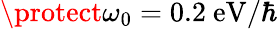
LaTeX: \protect\omega_{0}=0.2\ \mathrm{eV}/\hbar